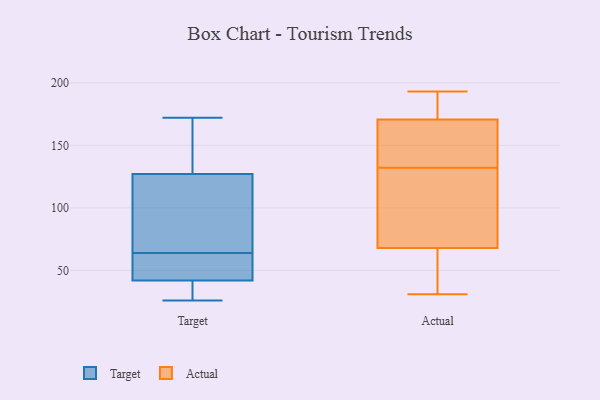
{"axis": {"x": "Shipments", "y": "Value"}, "legend": ["Actual", "Target"], "data": [{"x": "", "y": 26, "type": "Target"}, {"x": "", "y": 42, "type": "Target"}, {"x": "", "y": 64, "type": "Target"}, {"x": "", "y": 91, "type": "Target"}, {"x": "", "y": 33, "type": "Target"}, {"x": "", "y": 99, "type": "Target"}, {"x": "", "y": 127, "type": "Target"}, {"x": "", "y": 64, "type": "Target"}, {"x": "", "y": 62, "type": "Target"}, {"x": "", "y": 151, "type": "Target"}, {"x": "", "y": 134, "type": "Target"}, {"x": "", "y": 46, "type": "Target"}, {"x": "", "y": 39, "type": "Target"}, {"x": "", "y": 172, "type": "Target"}, {"x": "", "y": 172, "type": "Actual"}, {"x": "", "y": 193, "type": "Actual"}, {"x": "", "y": 136, "type": "Actual"}, {"x": "", "y": 171, "type": "Actual"}, {"x": "", "y": 167, "type": "Actual"}, {"x": "", "y": 132, "type": "Actual"}, {"x": "", "y": 118, "type": "Actual"}, {"x": "", "y": 44, "type": "Actual"}, {"x": "", "y": 67, "type": "Actual"}, {"x": "", "y": 157, "type": "Actual"}, {"x": "", "y": 111, "type": "Actual"}, {"x": "", "y": 188, "type": "Actual"}, {"x": "", "y": 175, "type": "Actual"}, {"x": "", "y": 170, "type": "Actual"}, {"x": "", "y": 31, "type": "Actual"}, {"x": "", "y": 50, "type": "Actual"}, {"x": "", "y": 80, "type": "Actual"}, {"x": "", "y": 61, "type": "Actual"}, {"x": "", "y": 71, "type": "Actual"}]}